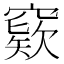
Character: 窽